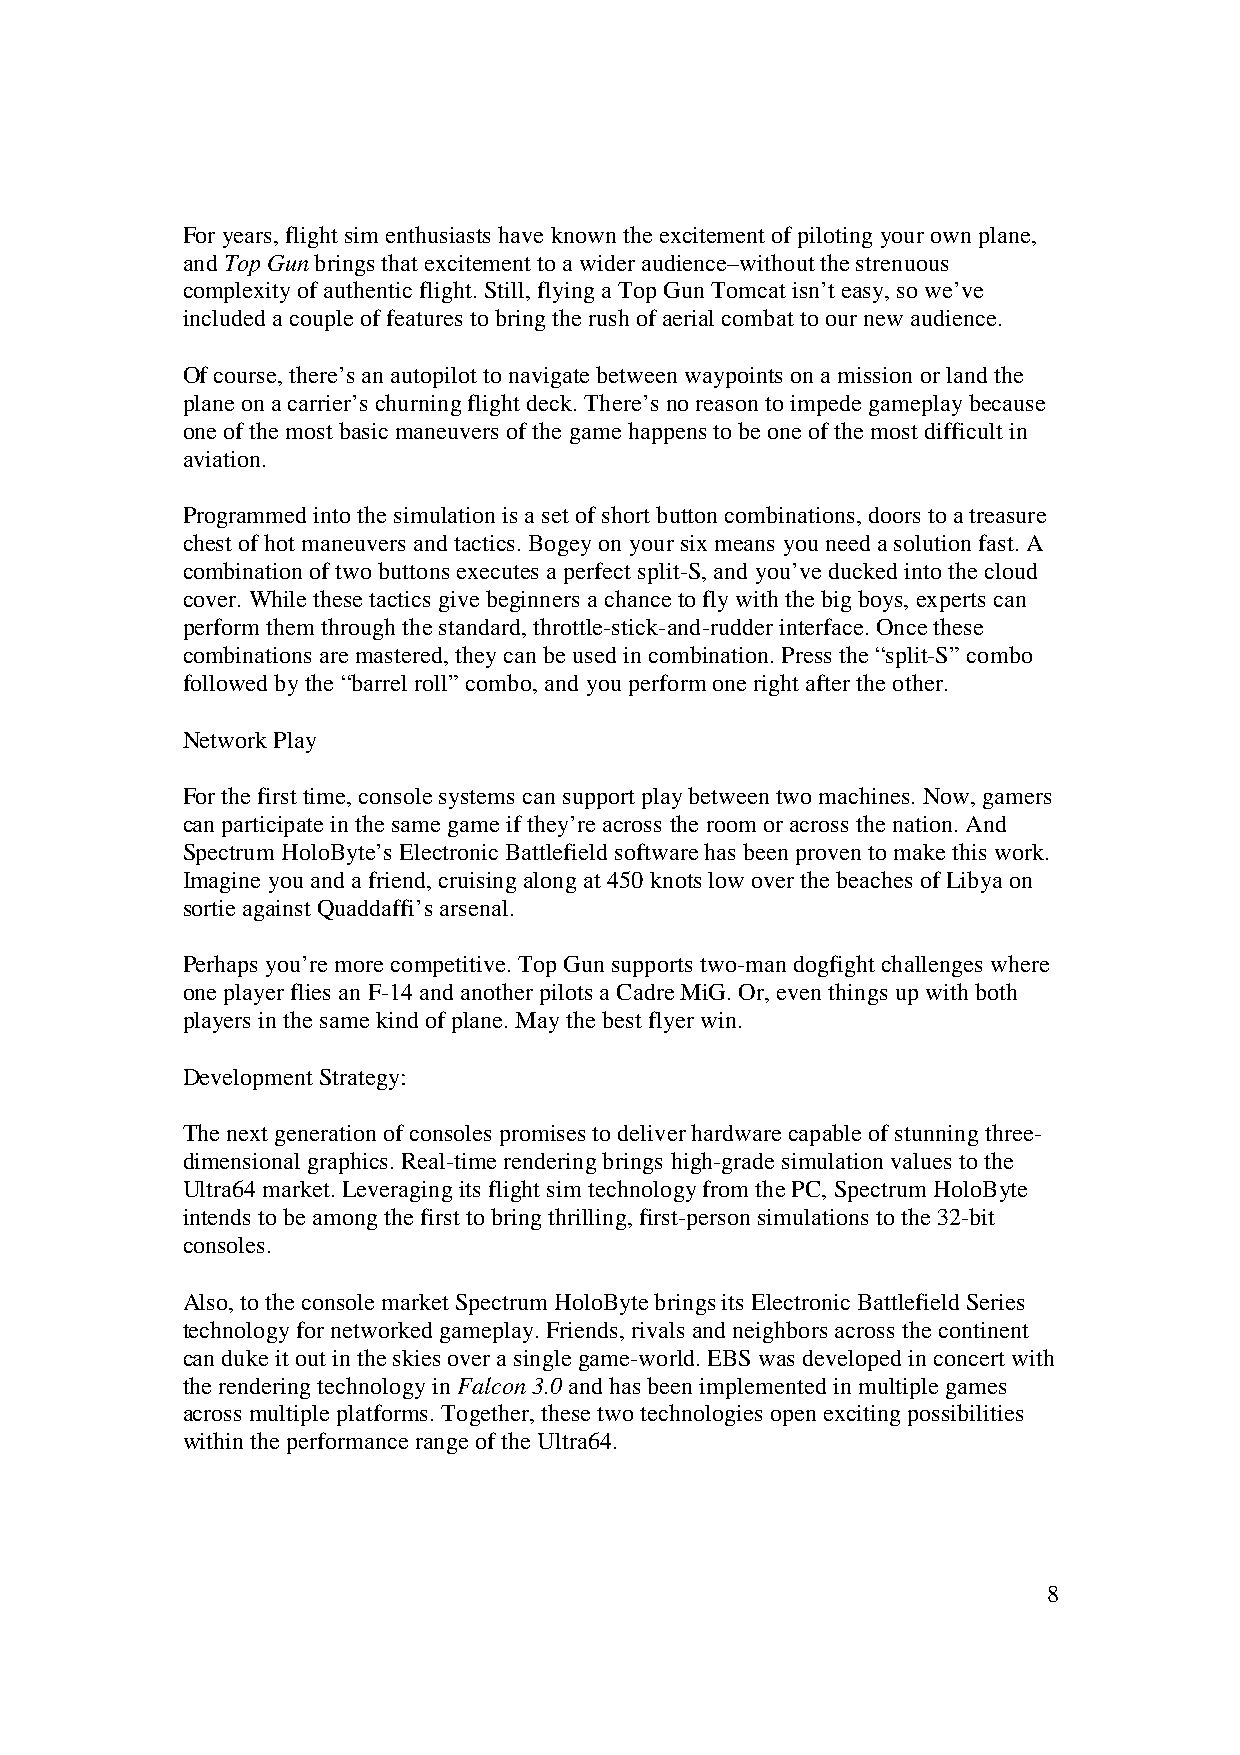
For years, flight sim enthusiasts have known the excitement of piloting your own plane,
 and Top Gun brings that excitement to a wider audience–without the strenuous
 complexity of authentic flight. Still, flying a Top Gun Tomcat isn’t easy, so we’ve
 included a couple of features to bring the rush of aerial combat to our new audience.
 Of course, there’s an autopilot to navigate between waypoints on a mission or land the
 plane on a carrier’s churning flight deck. There’s no reason to impede gameplay because
 one of the most basic maneuvers of the game happens to be one of the most difficult in
 aviation.
 Programmed into the simulation is a set of short button combinations, doors to a treasure
 chest of hot maneuvers and tactics. Bogey on your six means you need a solution fast. A
 combination of two buttons executes a perfect split-S, and you’ve ducked into the cloud
 cover. While these tactics give beginners a chance to fly with the big boys, experts can
 perform them through the standard, throttle-stick-and-rudder interface. Once these
 combinations are mastered, they can be used in combination. Press the “split-S” combo
 followed by the “barrel roll” combo, and you perform one right after the other.
 Network Play
 For the first time, console systems can support play between two machines. Now, gamers
 can participate in the same game if they’re across the room or across the nation. And
 Spectrum HoloByte’s Electronic Battlefield software has been proven to make this work.
 Imagine you and a friend, cruising along at 450 knots low over the beaches of Libya on
 sortie against Quaddaffi’s arsenal.
 Perhaps you’re more competitive. Top Gun supports two-man dogfight challenges where
 one player flies an F-14 and another pilots a Cadre MiG. Or, even things up with both
 players in the same kind of plane. May the best flyer win.
 Development Strategy:
 The next generation of consoles promises to deliver hardware capable of stunning three-
 dimensional graphics. Real-time rendering brings high-grade simulation values to the
 Ultra64 market. Leveraging its flight sim technology from the PC, Spectrum HoloByte
 intends to be among the first to bring thrilling, first-person simulations to the 32-bit
 consoles.
 Also, to the console market Spectrum HoloByte brings its Electronic Battlefield Series
 technology for networked gameplay. Friends, rivals and neighbors across the continent
 can duke it out in the skies over a single game-world. EBS was developed in concert with
 the rendering technology in Falcon 3.0 and has been implemented in multiple games
 across multiple platforms. Together, these two technologies open exciting possibilities
 within the performance range of the Ultra64.
 8